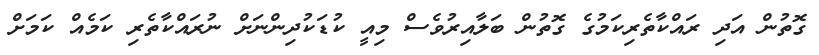
ގޮތުން އަދި ރައްކާތެރިކަމުގެ ގޮތުން ބަލާއިރުވެސް މިއީ ކުޑަކުދިންނަށް ނުރައްކާތެރި ކަމެއް ކަމަށް